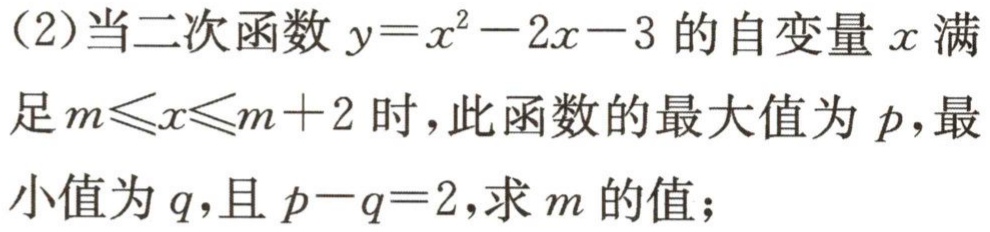
(2)当二次函数$y = x^{2}-2x - 3$的自变量$x$满

足$m\leqslant x\leqslant m + 2$时，此函数的最大值为$p$，最小值为$q$，且$p - q = 2$，求$m$的值；